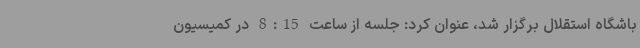
باشگاه استقلال برگزار شد، عنوان کرد: جلسه از ساعت 8:15 در کمیسیون